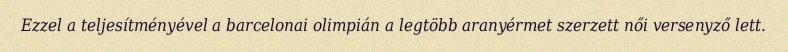
Ezzel a teljesítményével a barcelonai olimpián a legtöbb aranyérmet szerzett női versenyző lett.